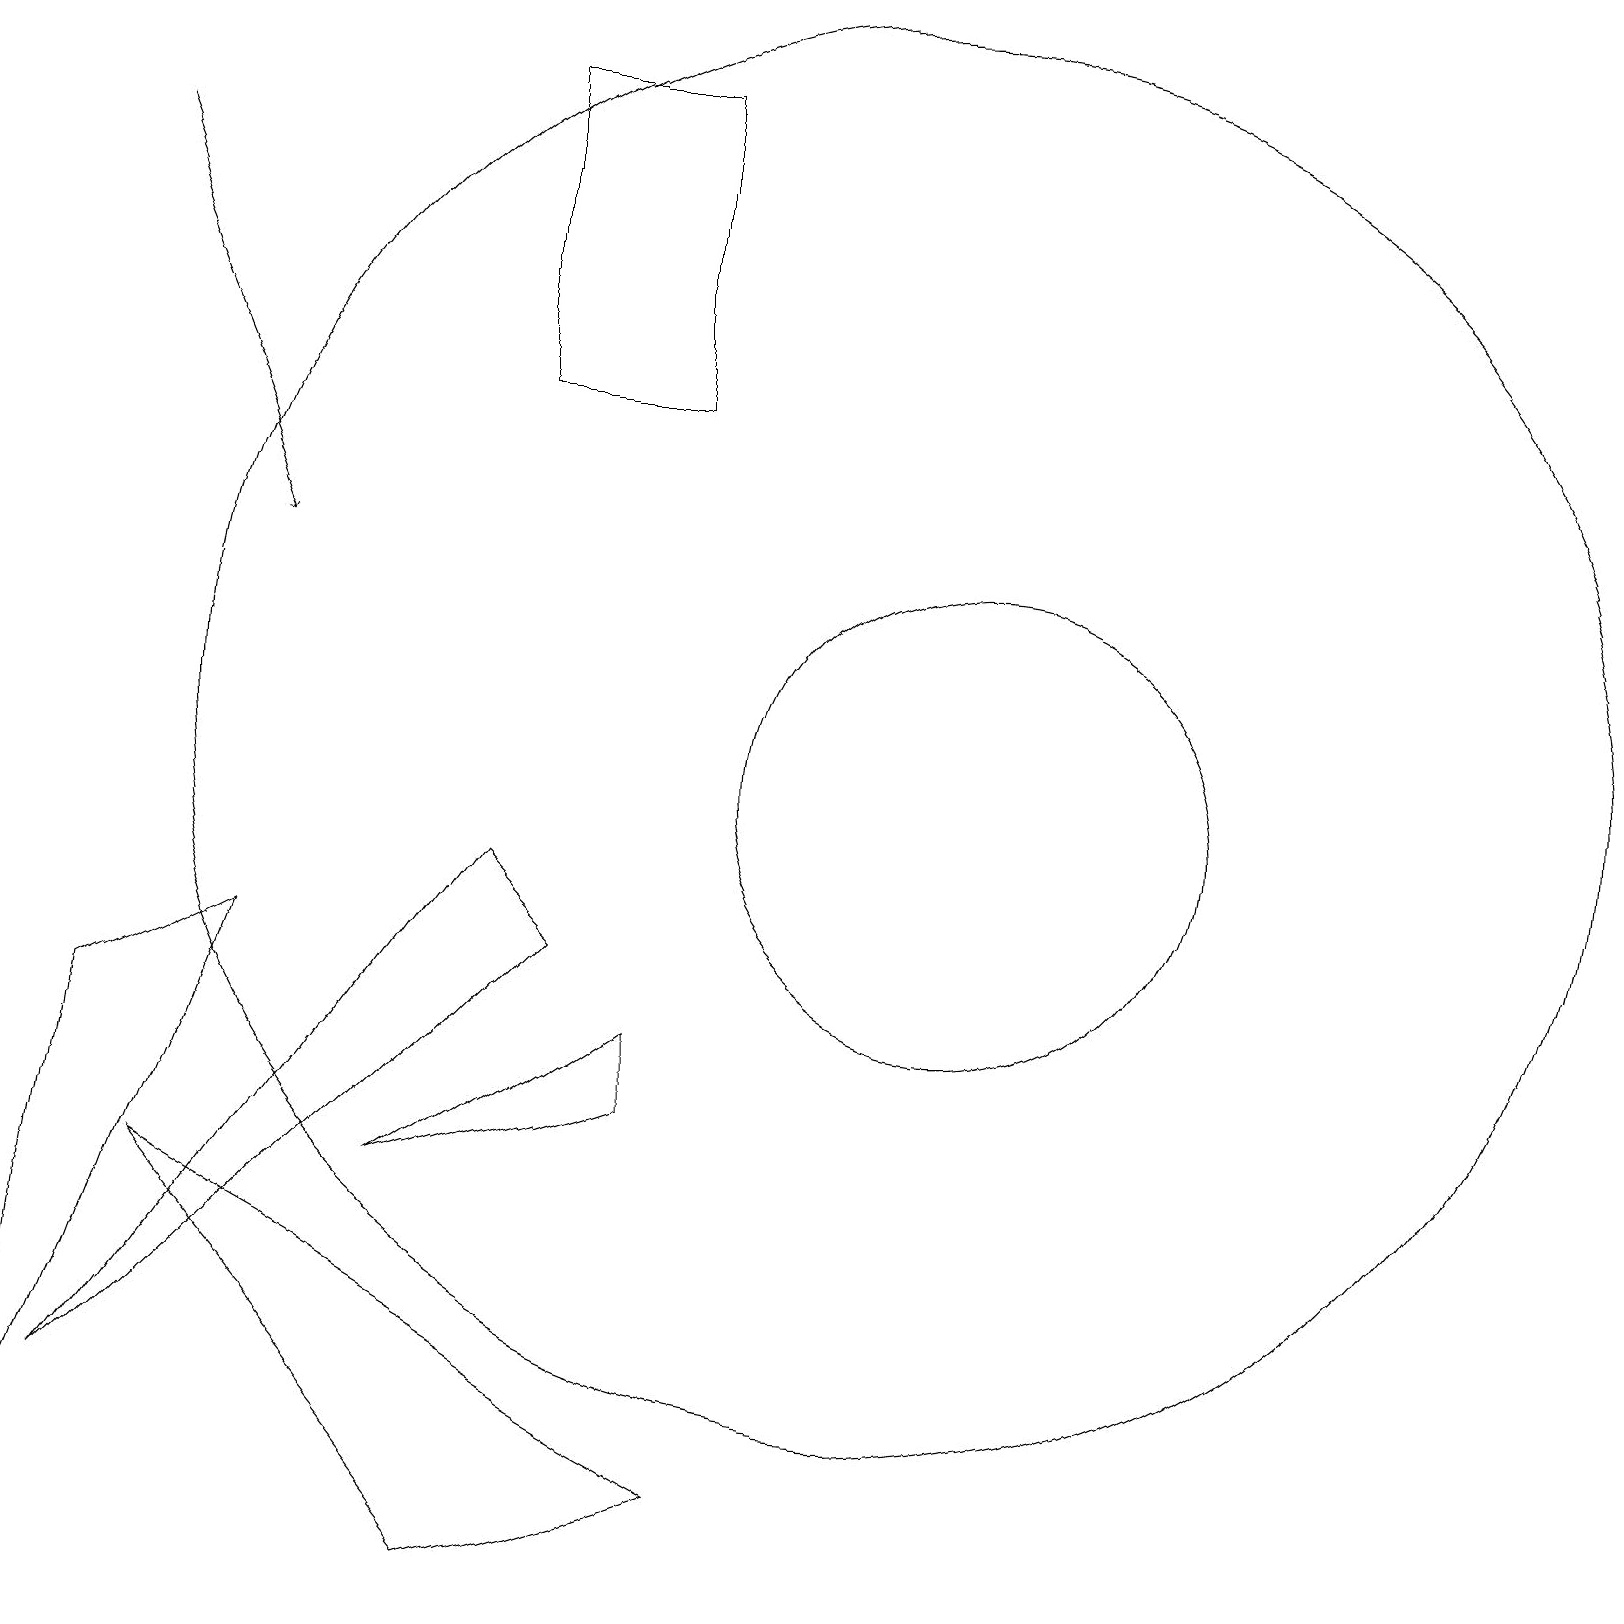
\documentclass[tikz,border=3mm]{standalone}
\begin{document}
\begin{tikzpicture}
\draw (6,0) -- (2,5) -- (9,1) -- cycle;
\draw (12,10) circle (3);
\draw (6,19) rectangle (8,15);
\draw[->] (1,18) -- (3,13);
\draw (11,11) circle (9);
\draw (6,9) -- (1,2) -- (7,8) -- cycle;
\draw (1,7) -- (0,0) -- (3,8) -- cycle;
\draw (8,7) -- (8,6) -- (5,5) -- cycle;
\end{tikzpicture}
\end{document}